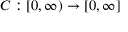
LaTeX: C : [ 0 , \infty ) \to [ 0 , \infty ]